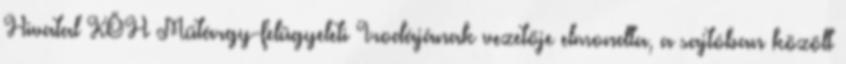
Hivatal KÖH Műtárgy-felügyeleti Irodájának vezetője elmondta, a sajtóban közölt